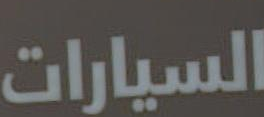
السيارات